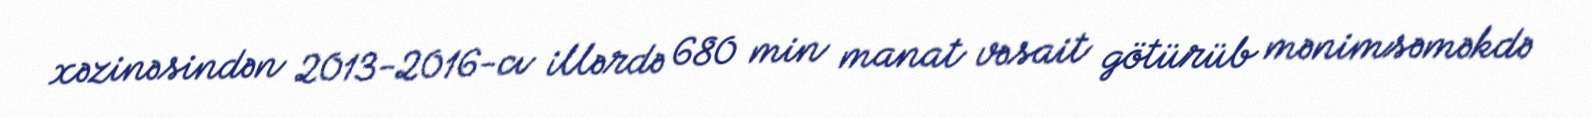
xəzinəsindən 2013-2016-cı illərdə 680 min manat vəsait götürüb mənimsəməkdə